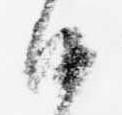
沙